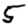
Digit: 5